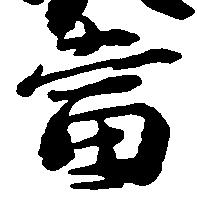
当